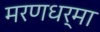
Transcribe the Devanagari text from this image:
मरणधर्मा